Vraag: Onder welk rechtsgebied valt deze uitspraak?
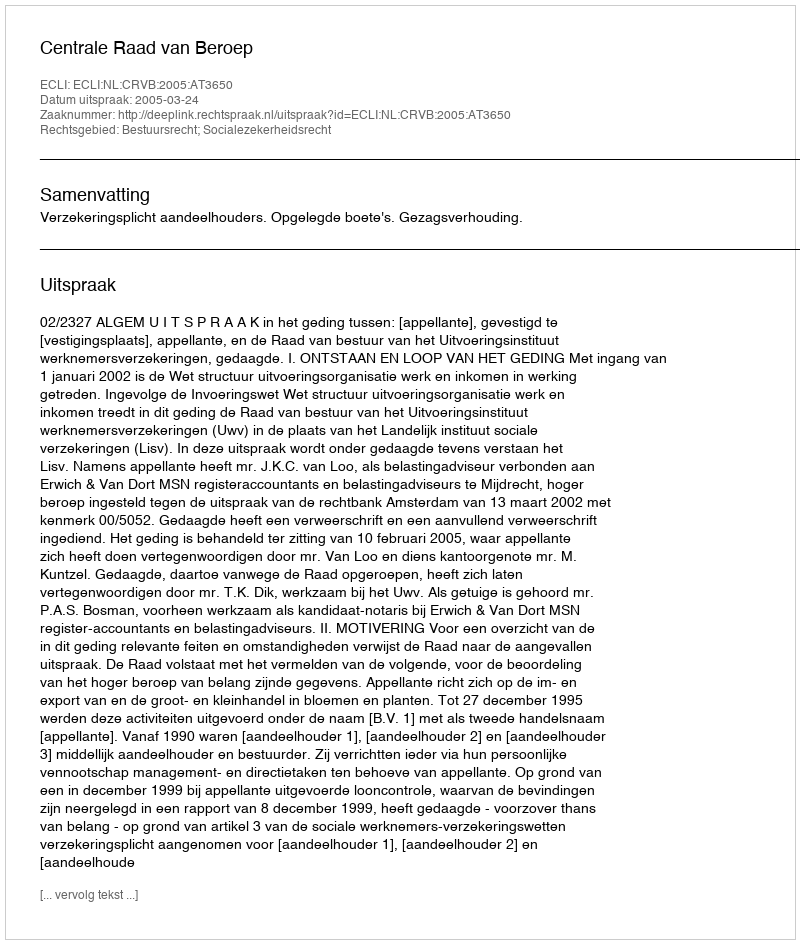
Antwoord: Bestuursrecht; Socialezekerheidsrecht